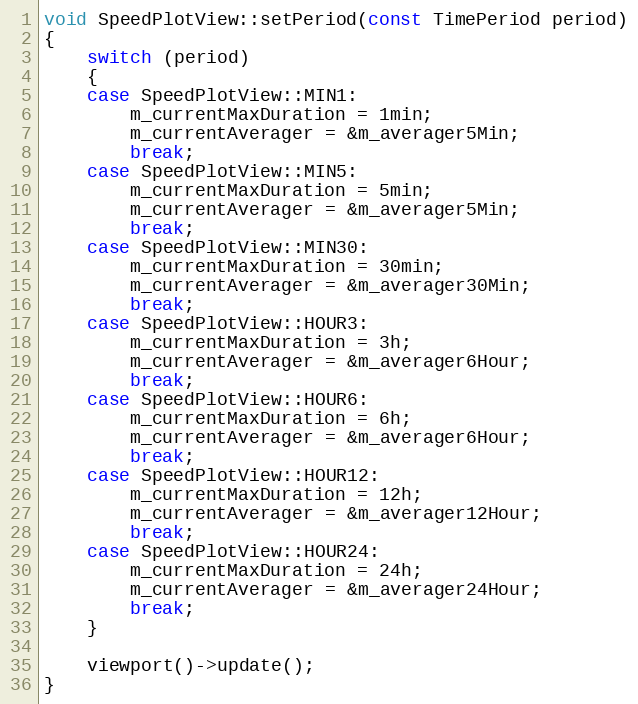
Language: C++
void SpeedPlotView::setPeriod(const TimePeriod period)
{
    switch (period)
    {
    case SpeedPlotView::MIN1:
        m_currentMaxDuration = 1min;
        m_currentAverager = &m_averager5Min;
        break;
    case SpeedPlotView::MIN5:
        m_currentMaxDuration = 5min;
        m_currentAverager = &m_averager5Min;
        break;
    case SpeedPlotView::MIN30:
        m_currentMaxDuration = 30min;
        m_currentAverager = &m_averager30Min;
        break;
    case SpeedPlotView::HOUR3:
        m_currentMaxDuration = 3h;
        m_currentAverager = &m_averager6Hour;
        break;
    case SpeedPlotView::HOUR6:
        m_currentMaxDuration = 6h;
        m_currentAverager = &m_averager6Hour;
        break;
    case SpeedPlotView::HOUR12:
        m_currentMaxDuration = 12h;
        m_currentAverager = &m_averager12Hour;
        break;
    case SpeedPlotView::HOUR24:
        m_currentMaxDuration = 24h;
        m_currentAverager = &m_averager24Hour;
        break;
    }

    viewport()->update();
}